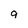
Character: 9